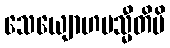
သေယျောဟမသ္မီတိပိ